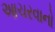
આચરવાનો